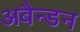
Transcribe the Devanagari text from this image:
अबैन्डन